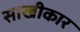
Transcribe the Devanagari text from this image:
साखीकार